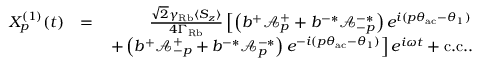
\begin{array} { r l r } { X _ { p } ^ { ( 1 ) } ( t ) } & { = } & { \frac { \sqrt { 2 } \gamma _ { \mathrm { R b } } \langle S _ { z } \rangle } { 4 \Gamma _ { \mathrm { R b } } } \left[ \left( b ^ { + } \mathcal { A } _ { p } ^ { + } + b ^ { - * } \mathcal { A } _ { - p } ^ { - * } \right) e ^ { i ( p \theta _ { \mathrm { a c } } - \theta _ { 1 } ) } \right. } \\ & { } & { \left. + \left( b ^ { + } \mathcal { A } _ { - p } ^ { + } + b ^ { - * } \mathcal { A } _ { p } ^ { - * } \right) e ^ { - i ( p \theta _ { \mathrm { a c } } - \theta _ { 1 } ) } \right] e ^ { i \omega t } + \mathrm { c . c . } . } \end{array}